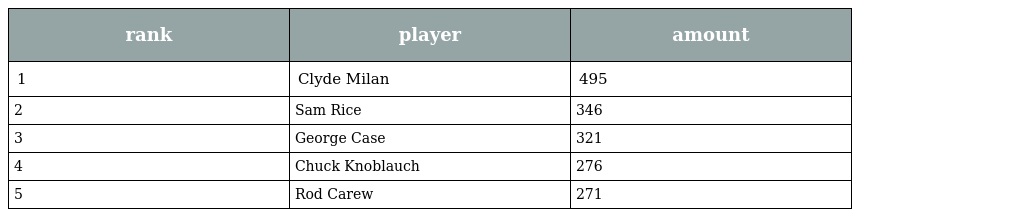
| rank | player | amount |
 | --- | --- | --- |
 | 1 | Clyde Milan | 495 |
 | 2 | Sam Rice | 346 |
 | 3 | George Case | 321 |
 | 4 | Chuck Knoblauch | 276 |
 | 5 | Rod Carew | 271 |